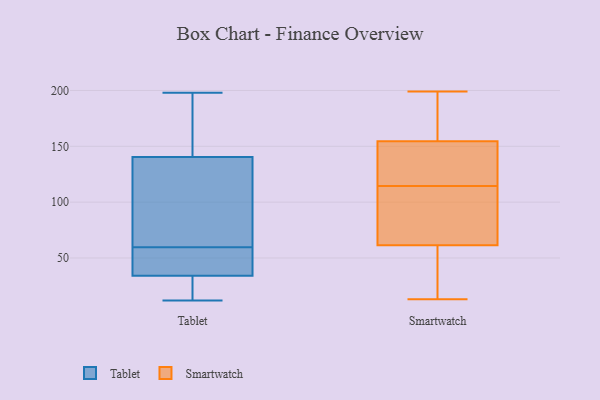
{"axis": {"x": "LTV (USD)", "y": "Value"}, "legend": ["Smartwatch", "Tablet"], "data": [{"x": "", "y": 32, "type": "Tablet"}, {"x": "", "y": 139, "type": "Tablet"}, {"x": "", "y": 68, "type": "Tablet"}, {"x": "", "y": 48, "type": "Tablet"}, {"x": "", "y": 92, "type": "Tablet"}, {"x": "", "y": 165, "type": "Tablet"}, {"x": "", "y": 21, "type": "Tablet"}, {"x": "", "y": 36, "type": "Tablet"}, {"x": "", "y": 193, "type": "Tablet"}, {"x": "", "y": 123, "type": "Tablet"}, {"x": "", "y": 57, "type": "Tablet"}, {"x": "", "y": 179, "type": "Tablet"}, {"x": "", "y": 142, "type": "Tablet"}, {"x": "", "y": 22, "type": "Tablet"}, {"x": "", "y": 198, "type": "Tablet"}, {"x": "", "y": 16, "type": "Tablet"}, {"x": "", "y": 62, "type": "Tablet"}, {"x": "", "y": 12, "type": "Tablet"}, {"x": "", "y": 43, "type": "Tablet"}, {"x": "", "y": 50, "type": "Tablet"}, {"x": "", "y": 144, "type": "Smartwatch"}, {"x": "", "y": 154, "type": "Smartwatch"}, {"x": "", "y": 199, "type": "Smartwatch"}, {"x": "", "y": 181, "type": "Smartwatch"}, {"x": "", "y": 70, "type": "Smartwatch"}, {"x": "", "y": 121, "type": "Smartwatch"}, {"x": "", "y": 174, "type": "Smartwatch"}, {"x": "", "y": 53, "type": "Smartwatch"}, {"x": "", "y": 108, "type": "Smartwatch"}, {"x": "", "y": 108, "type": "Smartwatch"}, {"x": "", "y": 13, "type": "Smartwatch"}, {"x": "", "y": 155, "type": "Smartwatch"}, {"x": "", "y": 37, "type": "Smartwatch"}, {"x": "", "y": 80, "type": "Smartwatch"}, {"x": "", "y": 81, "type": "Smartwatch"}, {"x": "", "y": 127, "type": "Smartwatch"}, {"x": "", "y": 27, "type": "Smartwatch"}, {"x": "", "y": 129, "type": "Smartwatch"}, {"x": "", "y": 41, "type": "Smartwatch"}, {"x": "", "y": 184, "type": "Smartwatch"}]}